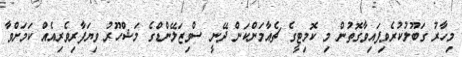
މިހާރު ގަބޫލުކުރެވިފައިވާގޮތުން މި ކޮމިޓީގެ ޗެއާމަންކަން ދޭނީ ސްވިޒަލޭންޑްގެ މަޝްހޫރު ވިޔަފާރިވެރިއެއް ކަމަށްވާ